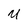
Character: U